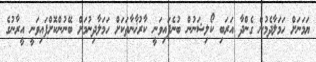
ޔަމަނަށް ހަމަލާދެމުން ގެންދާ އަރަބި ކޯލިޝަނުން ބުނެފައިވަނީ ކާރުޚާނާތަކަށް ހަމަލާދިނުމަށް ބޭނުންކޮށްފައިވަނީ އީރާނުގެ